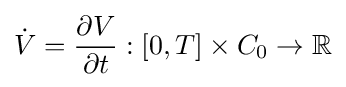
{\dot {V}}={\frac {\partial V}{\partial t}}:[0,T]\times C_{0}\to \mathbb {R}